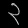
Digit: ၃